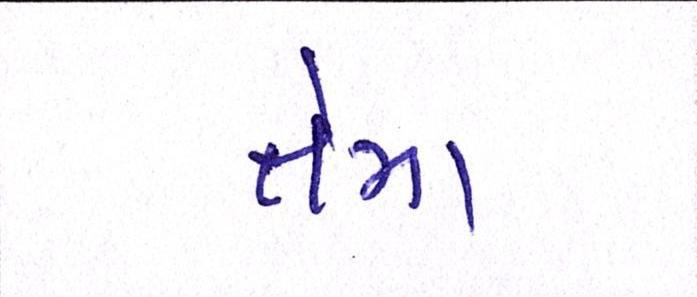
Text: તેમા